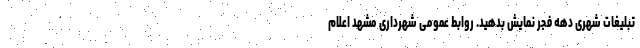
تبلیغات شهریِ دهه فجر نمایش بدهید. روابط عمومی شهرداری مشهد اعلام